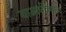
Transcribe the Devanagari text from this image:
याआधीच्याच